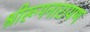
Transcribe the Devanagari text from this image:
श्रीरूपनारायण